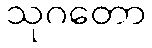
သုဂတော